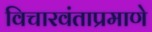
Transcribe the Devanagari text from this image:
विचारवंताप्रमाणे